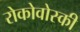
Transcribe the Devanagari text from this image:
रोकोवोस्की